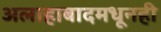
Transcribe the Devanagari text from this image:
अलाहाबादमधूनही